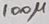
Text: 100µ